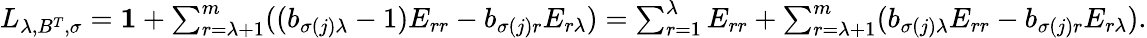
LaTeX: \begin{array}{r}{L_{\lambda,B^{T},\sigma}=\boldsymbol{1}+\sum_{r=\lambda+1}^{m}((b_{\sigma(j)\lambda}-1)E_{rr}-b_{\sigma(j)r}E_{r\lambda})=\sum_{r=1}^{\lambda}E_{rr}+\sum_{r=\lambda+1}^{m}(b_{\sigma(j)\lambda}E_{rr}-b_{\sigma(j)r}E_{r\lambda}).}\end{array}